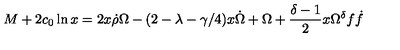
M + 2 c _ { 0 } \ln x = 2 x \dot { \rho } \Omega - ( 2 - \lambda - \gamma / 4 ) x \dot { \Omega } + \Omega + \frac { \delta - 1 } { 2 } x \Omega ^ { \delta } f \dot { f }